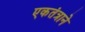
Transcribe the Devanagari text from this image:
एकतंत्राने